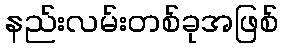
နည်းလမ်းတစ်ခုအဖြစ်